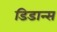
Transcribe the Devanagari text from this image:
डिडान्स